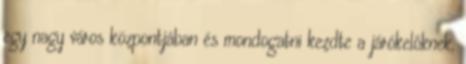
egy nagy város központjában és mondogatni kezdte a járókelőknek,